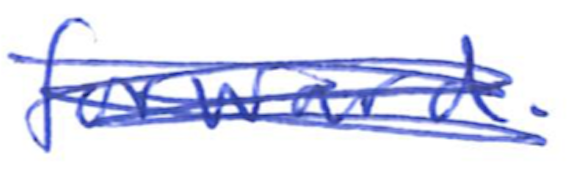
Text: forward.
Cross-out: scratch
Writing tool: ballpoint